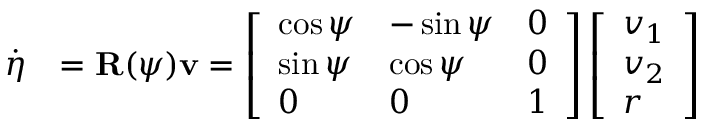
\begin{array} { r l } { \dot { \boldsymbol { \eta } } } & { = \mathbf { R } ( \psi ) \mathbf { v } = \left[ \begin{array} { l l l } { \cos { \psi } } & { - \sin { \psi } } & { 0 } \\ { \sin { \psi } } & { \cos { \psi } } & { 0 } \\ { 0 } & { 0 } & { 1 } \end{array} \right] \left[ \begin{array} { l } { v _ { 1 } } \\ { v _ { 2 } } \\ { r } \end{array} \right] } \end{array}